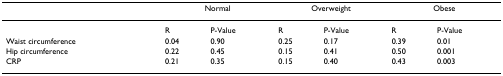
<table><thead><tr><td></td><td colspan="2"><b>Normal</b></td><td colspan="2"><b>Overweight</b></td><td colspan="2"><b>Obese</b></td></tr></thead><tbody><tr><td></td><td>R</td><td>P-Value</td><td>R</td><td>P-Value</td><td>R</td><td>P-Value</td></tr><tr><td>Waist circumference</td><td>0.04</td><td>0.90</td><td>0.25</td><td>0.17</td><td>0.39</td><td>0.01</td></tr><tr><td>Hip circumference</td><td>0.22</td><td>0.45</td><td>0.15</td><td>0.41</td><td>0.50</td><td>0.001</td></tr><tr><td>CRP</td><td>0.21</td><td>0.35</td><td>0.15</td><td>0.40</td><td>0.43</td><td>0.003</td></tr></tbody></table>